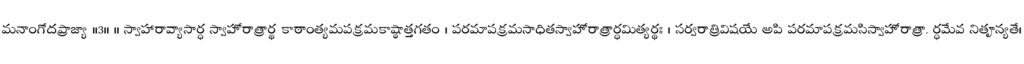
మనాంగోదప్రాజ్యా ।।3॥ ॥ స్వాహారావ్యాసార్ధ స్వాహోరాత్రార్థ కాఠాంత్యమపక్రమకాష్ఠాత్తగతం । పరమాపక్రమసాధితస్వాహోరాత్రార్ధమిత్యర్థః । సర్వరాత్రివిషయే అపి పరమాపక్రమసిస్వాహోరాత్రా. ర్ధమేవ నితౄన్యతే।